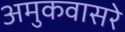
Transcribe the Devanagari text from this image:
अमुकवासरे